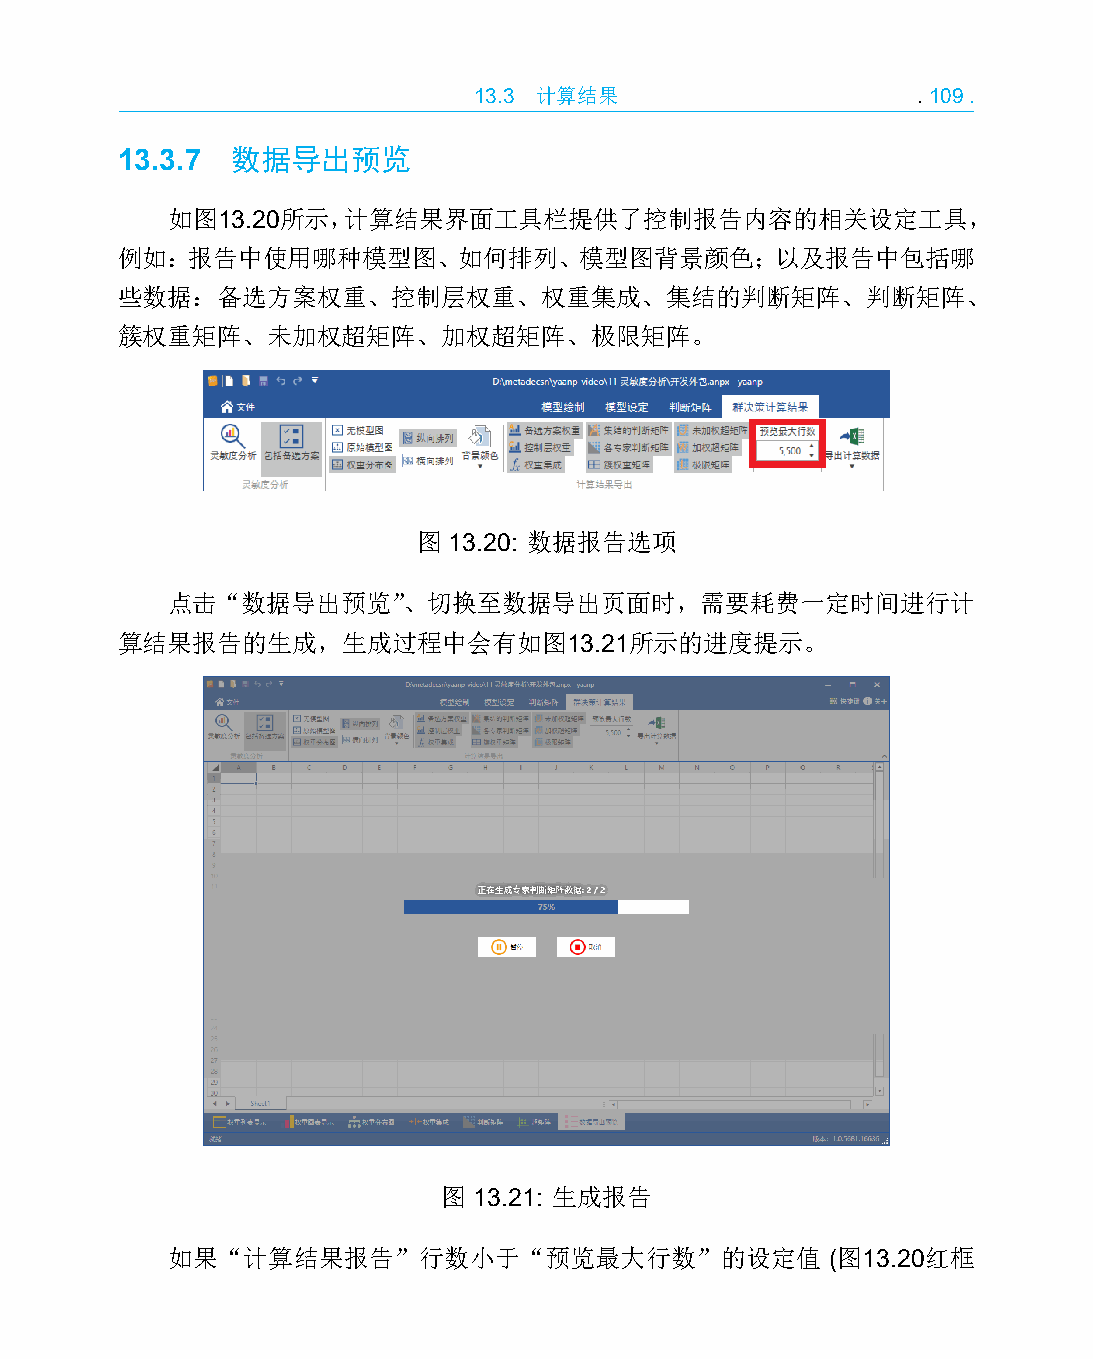
13.3 计算结果                     .109.
 13.3.7 数据导出预览
 如图13.20所示，计算结果界面工具栏提供了控制报告内容的相关设定工具，
 例如：报告中使用哪种模型图、如何排列、模型图背景颜色；以及报告中包括哪
 些数据：备选方案权重、控制层权重、权重集成、集结的判断矩阵、判断矩阵、
 簇权重矩阵、未加权超矩阵、加权超矩阵、极限矩阵。
 图 13.20: 数据报告选项
 点击“数据导出预览”、切换至数据导出页面时，需要耗费一定时间进行计
 算结果报告的生成，生成过程中会有如图13.21所示的进度提示。
 图 13.21: 生成报告
 如果“计算结果报告”行数小于“预览最大行数”的设定值                  (图13.20红框